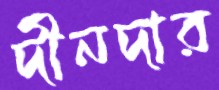
দীনদার